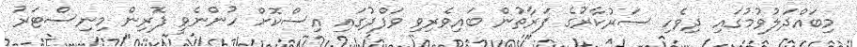
މިބައްދަލުވުމުގައި ދިވެހި ސަރުކާރުގެ ފަރާތުން ބައިވެރިވި ވަފްދުގައި އިސްކޮށް ހުންނެވީ ފޮރިން މިނިސްޓަރު